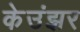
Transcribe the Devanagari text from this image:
केउंझर